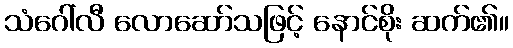
သံဂေါ်လီ လောဆော်သဖြင့် နောင်စိုး ဆက်၏။